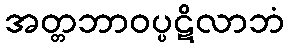
အတ္တဘာဝပ္ပဋိလာဘံ